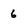
Character: 6